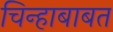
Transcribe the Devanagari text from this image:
चिन्हाबाबत